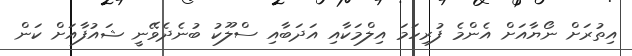
އިތުރަށް ނޯޔާއަށް އެންމެ ފުރިހަމަ އިލްމަކާއި އަދަބާއި ސްލޫކު ބުނެދެވޭނީ ޝައުފާއަށް ކަން